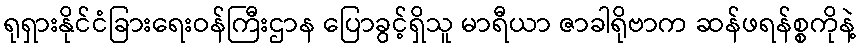
ရုရှားနိုင်ငံခြားရေးဝန်ကြီးဌာန ပြောခွင့်ရှိသူ မာရီယာ ဇာခါရိုဗာက ဆန်ဖရန်စ္စကိုနဲ့